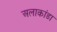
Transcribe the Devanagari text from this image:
अलाकांडा